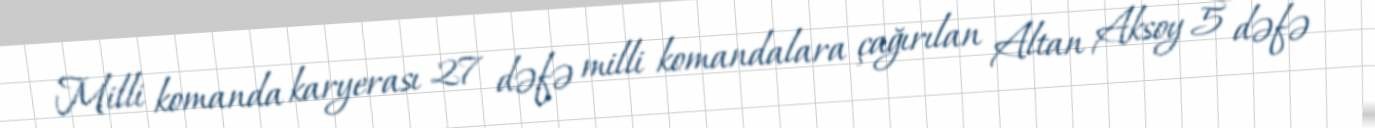
Milli komanda karyerası 27 dəfə milli komandalara çağırılan Altan Aksoy 5 dəfə